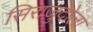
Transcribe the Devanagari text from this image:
सिराजुदोला